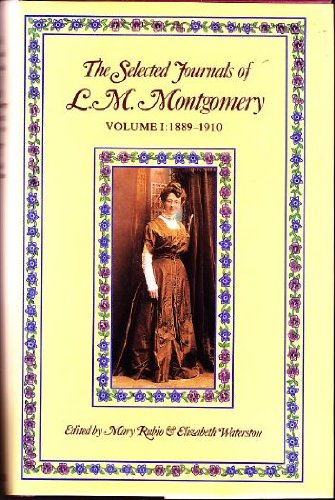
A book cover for The Selected Journals of L. M. Montgomery: Vol. 1; L. M. Montgomery; Biographies & Memoirs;